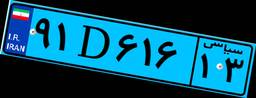
۹۸D۴۱۴۷۸